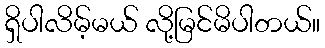
ရှိပါလိမ့်မယ် လို့မြင်မိပါတယ်။